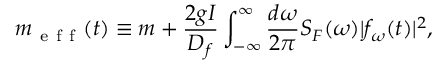
m _ { \mathrm { ~ e ~ f ~ f ~ } } ( t ) \equiv m + \frac { 2 g I } { D _ { f } } \int _ { - \infty } ^ { \infty } \frac { d \omega } { 2 \pi } S _ { F } ( \omega ) | f _ { \omega } ( t ) | ^ { 2 } ,